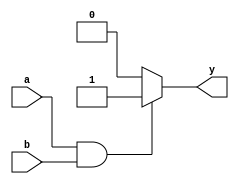
module combinational_logic (
    input wire a,        // First input
    input wire b,        // Second input
    output reg y        // Output
);

// Always block with sensitivity list for inputs a and b
always @ (a or b) begin
    // Continuous assignment using the = operator
    if (a && b) begin
        y = 1;          // Output is 1 if both a and b are 1
    end else if (a || b) begin
        y = 0;          // Output is 0 if either a or b is 1
    end else begin
        y = 0;          // Output is 0 if both a and b are 0
    end
end

endmodule